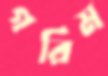
গরিম